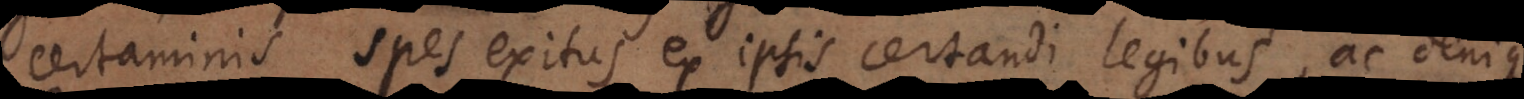
certaminis, spes exitus ex ipsis certandi legibus, ac denique